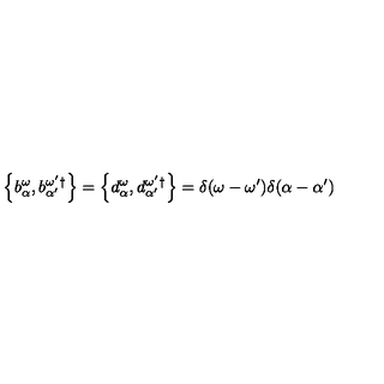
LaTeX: \left\{ b _ { \alpha } ^ { \omega } , b _ { \alpha ^ { \prime } } ^ { \omega ^ { \prime } } { } ^ { \dagger } \right\} = \left\{ d _ { \alpha } ^ { \omega } , d _ { \alpha ^ { \prime } } ^ { \omega ^ { \prime } } { } ^ { \dagger } \right\} = \delta ( \omega - \omega ^ { \prime } ) \delta ( \alpha - \alpha ^ { \prime } )